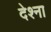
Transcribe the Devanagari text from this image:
देश्ना